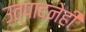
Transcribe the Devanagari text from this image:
उत्पादनेही